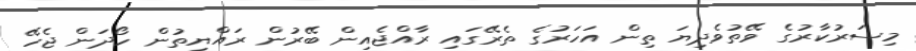
މިސަރުކާރުގެ ވޭތުވެދިޔަ ތިން އަހަރުގެ ތެރޭގައި ރާއްޖެއިން ބޭރުން ރައްޔިތުން ހޯދަން ޖެހޭ